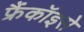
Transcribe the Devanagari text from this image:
फ्रैंकॉइसे